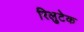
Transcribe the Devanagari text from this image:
रिलुटेक